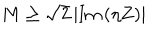
M \geq \sqrt { 2 } \left| \mathrm { I m } \, ( \eta Z ) \right|